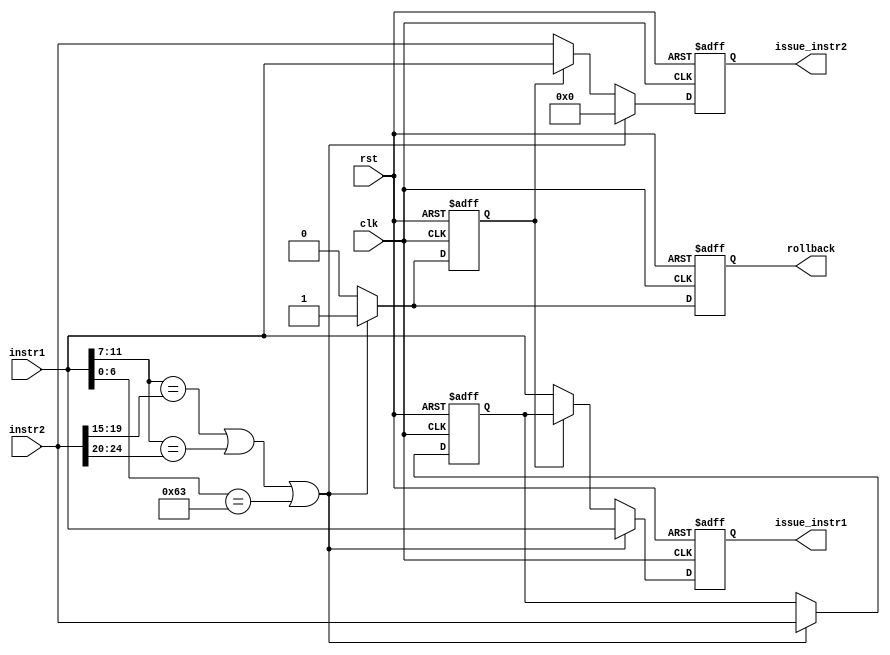
module InstructionIssuingUnit (
    input wire clk,
    input wire rst,
    input wire [31:0] instr1,  // First instruction from I-Cache
    input wire [31:0] instr2,  // Second instruction from I-Cache
    output reg [31:0] issue_instr1, // First instruction to be issued
    output reg [31:0] issue_instr2, // Second instruction to be issued
    output reg rollback
);
    reg [31:0] hold_instr;
    reg has_dependency;
    integer cycle_count;  // Counter for clock cycles

    // Initialize the counter
    initial begin
        cycle_count = 0;
    end

    always @(posedge clk or posedge rst) begin
        if (rst) begin
            issue_instr1 <= 32'b0;
            issue_instr2 <= 32'b0;
            hold_instr <= 32'b0;
            rollback <= 1'b0;
            has_dependency <= 1'b0;
            cycle_count <= 0;  // Reset cycle count on reset
        end else begin
            // Dependency check (simplified example)
            if (instr1[11:7] == instr2[19:15] || instr1[11:7] == instr2[24:20] || instr1[6:0]==7'b1100011) begin
                has_dependency <= 1'b1;
                hold_instr <= instr2;
                rollback <= 1'b1;
                issue_instr1 <= instr1;
                issue_instr2 <= 32'b0;  // Only issue instr1, delay instr2
            end else if (has_dependency) begin
                issue_instr1 <= hold_instr;
                issue_instr2 <= instr1;  // Issue held instruction and next instruction in sequence
                rollback <= 1'b0;
                has_dependency <= 1'b0;
            end else begin
                issue_instr1 <= instr1;
                issue_instr2 <= instr2;  // Issue both instructions
                rollback <= 1'b0;
            end

            // Increment the clock cycle counter
            cycle_count <= cycle_count + 1;
        end
    end

endmodule